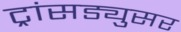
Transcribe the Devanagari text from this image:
ट्रांसड्युसर